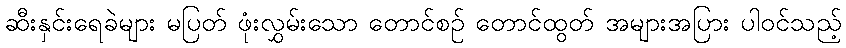
ဆီးနှင်းရေခဲများ မပြတ် ဖုံးလွှမ်းသော တောင်စဉ် တောင်ထွတ် အများအပြား ပါဝင်သည့်